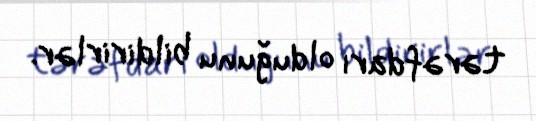
tərəfdarı olduğunu bildirirlər.